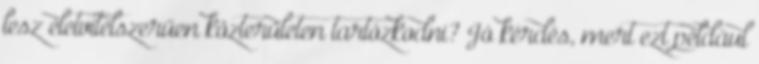
lesz életvitelszerűen közterületen tartózkodni? Jó kérdés, mert ezt például